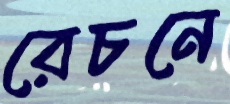
রেচনে